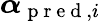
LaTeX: \boldsymbol{\alpha}_{\mathrm{~p~r~e~d~},i}